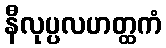
နီလုပ္ပလဟတ္ထကံ